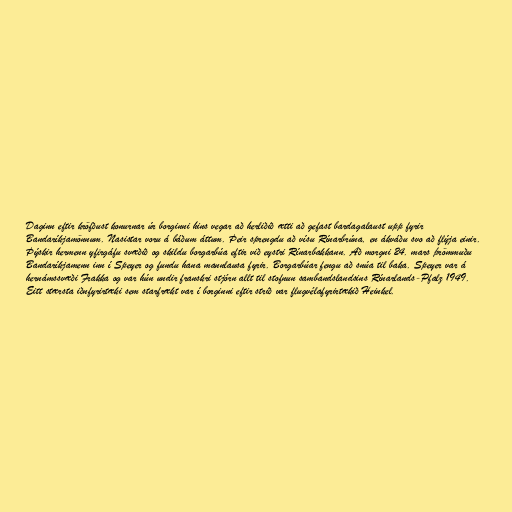
Daginn eftir kröfðust konurnar úr borginni hins vegar að herliðið ætti að gefast bardagalaust upp fyrir
Bandaríkjamönnum. Nasistar voru á báðum áttum. Þeir sprengdu að vísu Rínarbrúna, en ákváðu svo að flýja einir.
Þýskir hermenn yfirgáfu svæðið og skildu borgarbúa eftir við eystri Rínarbakkann. Að morgni 24. mars þrömmuðu
Bandaríkjamenn inn í Speyer og fundu hana mannlausa fyrir. Borgarbúar fengu að snúa til baka. Speyer var á
hernámssvæði Frakka og var hún undir franskri stjórn allt til stofnun sambandslandsins Rínarlands-Pfalz 1949.
Eitt stærsta iðnfyrirtæki sem starfrækt var í borginni eftir strið var flugvélafyrirtækið Heinkel.